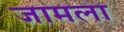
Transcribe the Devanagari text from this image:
जामला